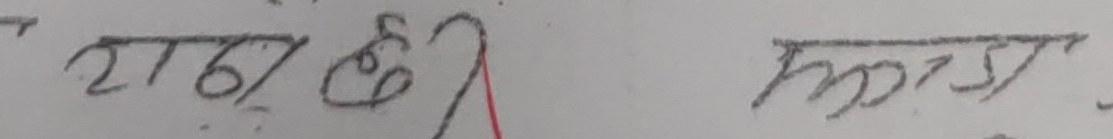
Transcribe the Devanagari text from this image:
२१७ छी मज्ज